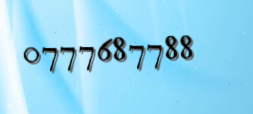
0777687788